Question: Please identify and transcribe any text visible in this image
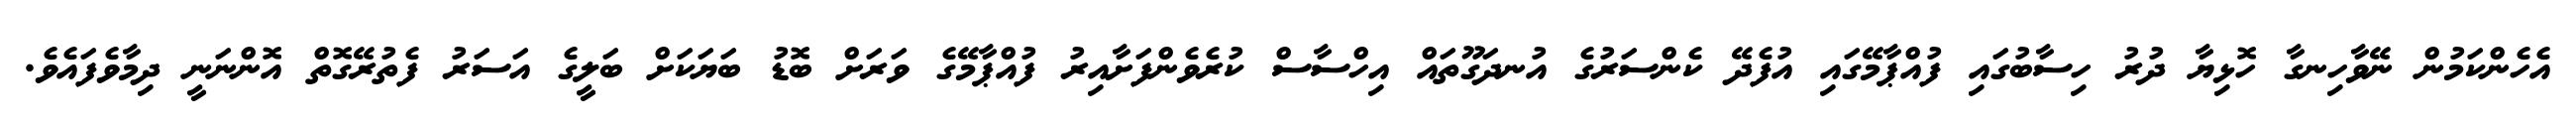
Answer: އެހެންކަމުން ނޭވާހިނގާ ހޮޅިޔާ ދުރު ހިސާބުގައި ފުއްޕާމޭގައި އުފެދޭ ކެންސަރުގެ އުނދަގޫތައް އިހްސާސް ކުރެވެންފަށާއިރު ފުއްޕާމޭގެ ވަރަށް ބޮޑު ބަޔަކަށް ބަލީގެ އަސަރު ފެތުރޭގޮތް އޮންނަނީ ދިމާވެފައެވެ.